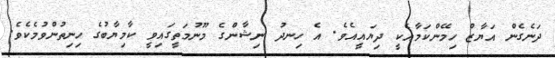
ދަނެގެން އަޔާޒް ހިމޭންކަމާއެކީ ދިޔައީއެވެ. އެ ހިނދު ނިޝާންގެ މޫނުމަތީގައިވީ ކާމިޔާބުގެ ހިނިތުންވުމެކެވެ.